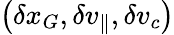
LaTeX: \left(\delta x_{G},\delta v_{\parallel},\delta v_{c}\right)